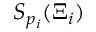
S _ { p _ { i } } ( \Xi _ { i } )